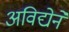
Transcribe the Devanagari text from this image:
अविद्येने